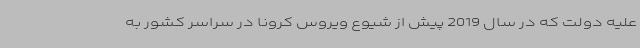
علیه دولت که در سال 2019 پیش از شیوع ویروس کرونا در سراسر کشور به